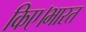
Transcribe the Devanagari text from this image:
किए।भारत